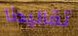
تقاليدنا